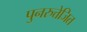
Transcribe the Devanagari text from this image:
पुनरुत्तेजित